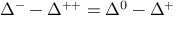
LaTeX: \Delta ^ { - } - \Delta ^ { + + } = \Delta ^ { 0 } - \Delta ^ { + }